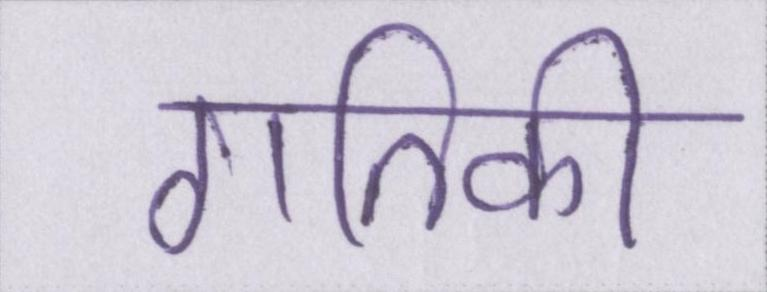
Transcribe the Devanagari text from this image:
गतिकी